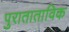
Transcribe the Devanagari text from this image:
पुराताताविक